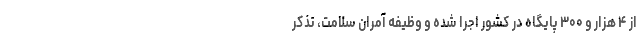
از ۴ هزار و ۳۰۰ پایگاه در کشور اجرا شده و وظیفه آمران سلامت، تذکر